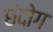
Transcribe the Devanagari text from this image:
छंदोग